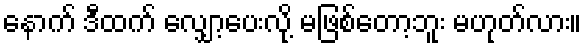
နောက် ဒီထက် လျှော့ပေးလို့ မဖြစ်တော့ဘူး မဟုတ်လား။